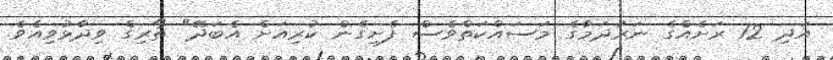
އަދި 12 ރަށެއްގެ ނަރުދަމާގެ މަސައްކަތްވެސް ފެށިގެން ކުރިއަށް އެބަދޭ" ތޯރިގް ވިދާޅުވިއެވެ.